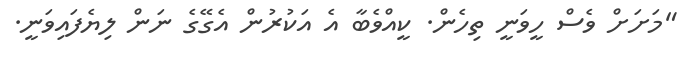
"މަށަށް ވެސް ހީވަނީ ތިހެން. ކީއްވެބާ އެ އަކުރުން އެގޭގެ ނަން ލިޔެފައިވަނީ.